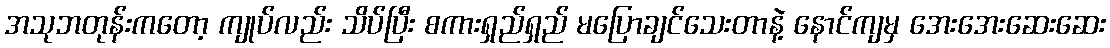
အသုဘတုန်းကတော့ ကျုပ်လည်း သိပ်ပြီး စကားရှည်ရှည် မပြောချင်သေးတာနဲ့ နောင်ကျမှ အေးအေးဆေးဆေး